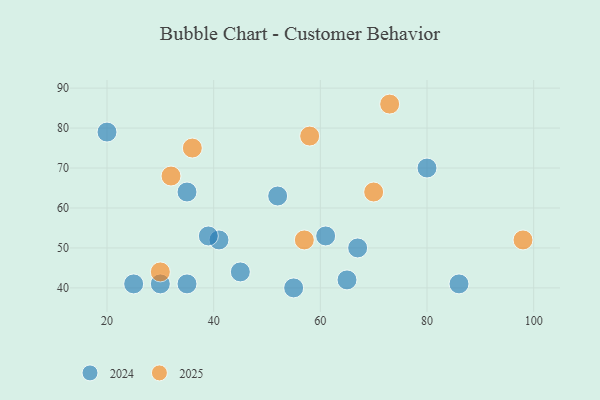
{"axis": {"x": "GDP", "y": "Life Expectancy"}, "legend": ["2024", "2025"], "data": [{"x": "30", "y": 41, "type": "2024"}, {"x": "25", "y": 41, "type": "2024"}, {"x": "41", "y": 52, "type": "2024"}, {"x": "67", "y": 50, "type": "2024"}, {"x": "86", "y": 41, "type": "2024"}, {"x": "65", "y": 42, "type": "2024"}, {"x": "35", "y": 64, "type": "2024"}, {"x": "20", "y": 79, "type": "2024"}, {"x": "52", "y": 63, "type": "2024"}, {"x": "39", "y": 53, "type": "2024"}, {"x": "80", "y": 70, "type": "2024"}, {"x": "61", "y": 53, "type": "2024"}, {"x": "35", "y": 41, "type": "2024"}, {"x": "55", "y": 40, "type": "2024"}, {"x": "45", "y": 44, "type": "2024"}, {"x": "73", "y": 86, "type": "2025"}, {"x": "98", "y": 52, "type": "2025"}, {"x": "70", "y": 64, "type": "2025"}, {"x": "58", "y": 78, "type": "2025"}, {"x": "32", "y": 68, "type": "2025"}, {"x": "57", "y": 52, "type": "2025"}, {"x": "36", "y": 75, "type": "2025"}, {"x": "30", "y": 44, "type": "2025"}]}